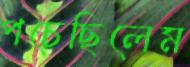
পচেছিলেম